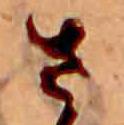
さ